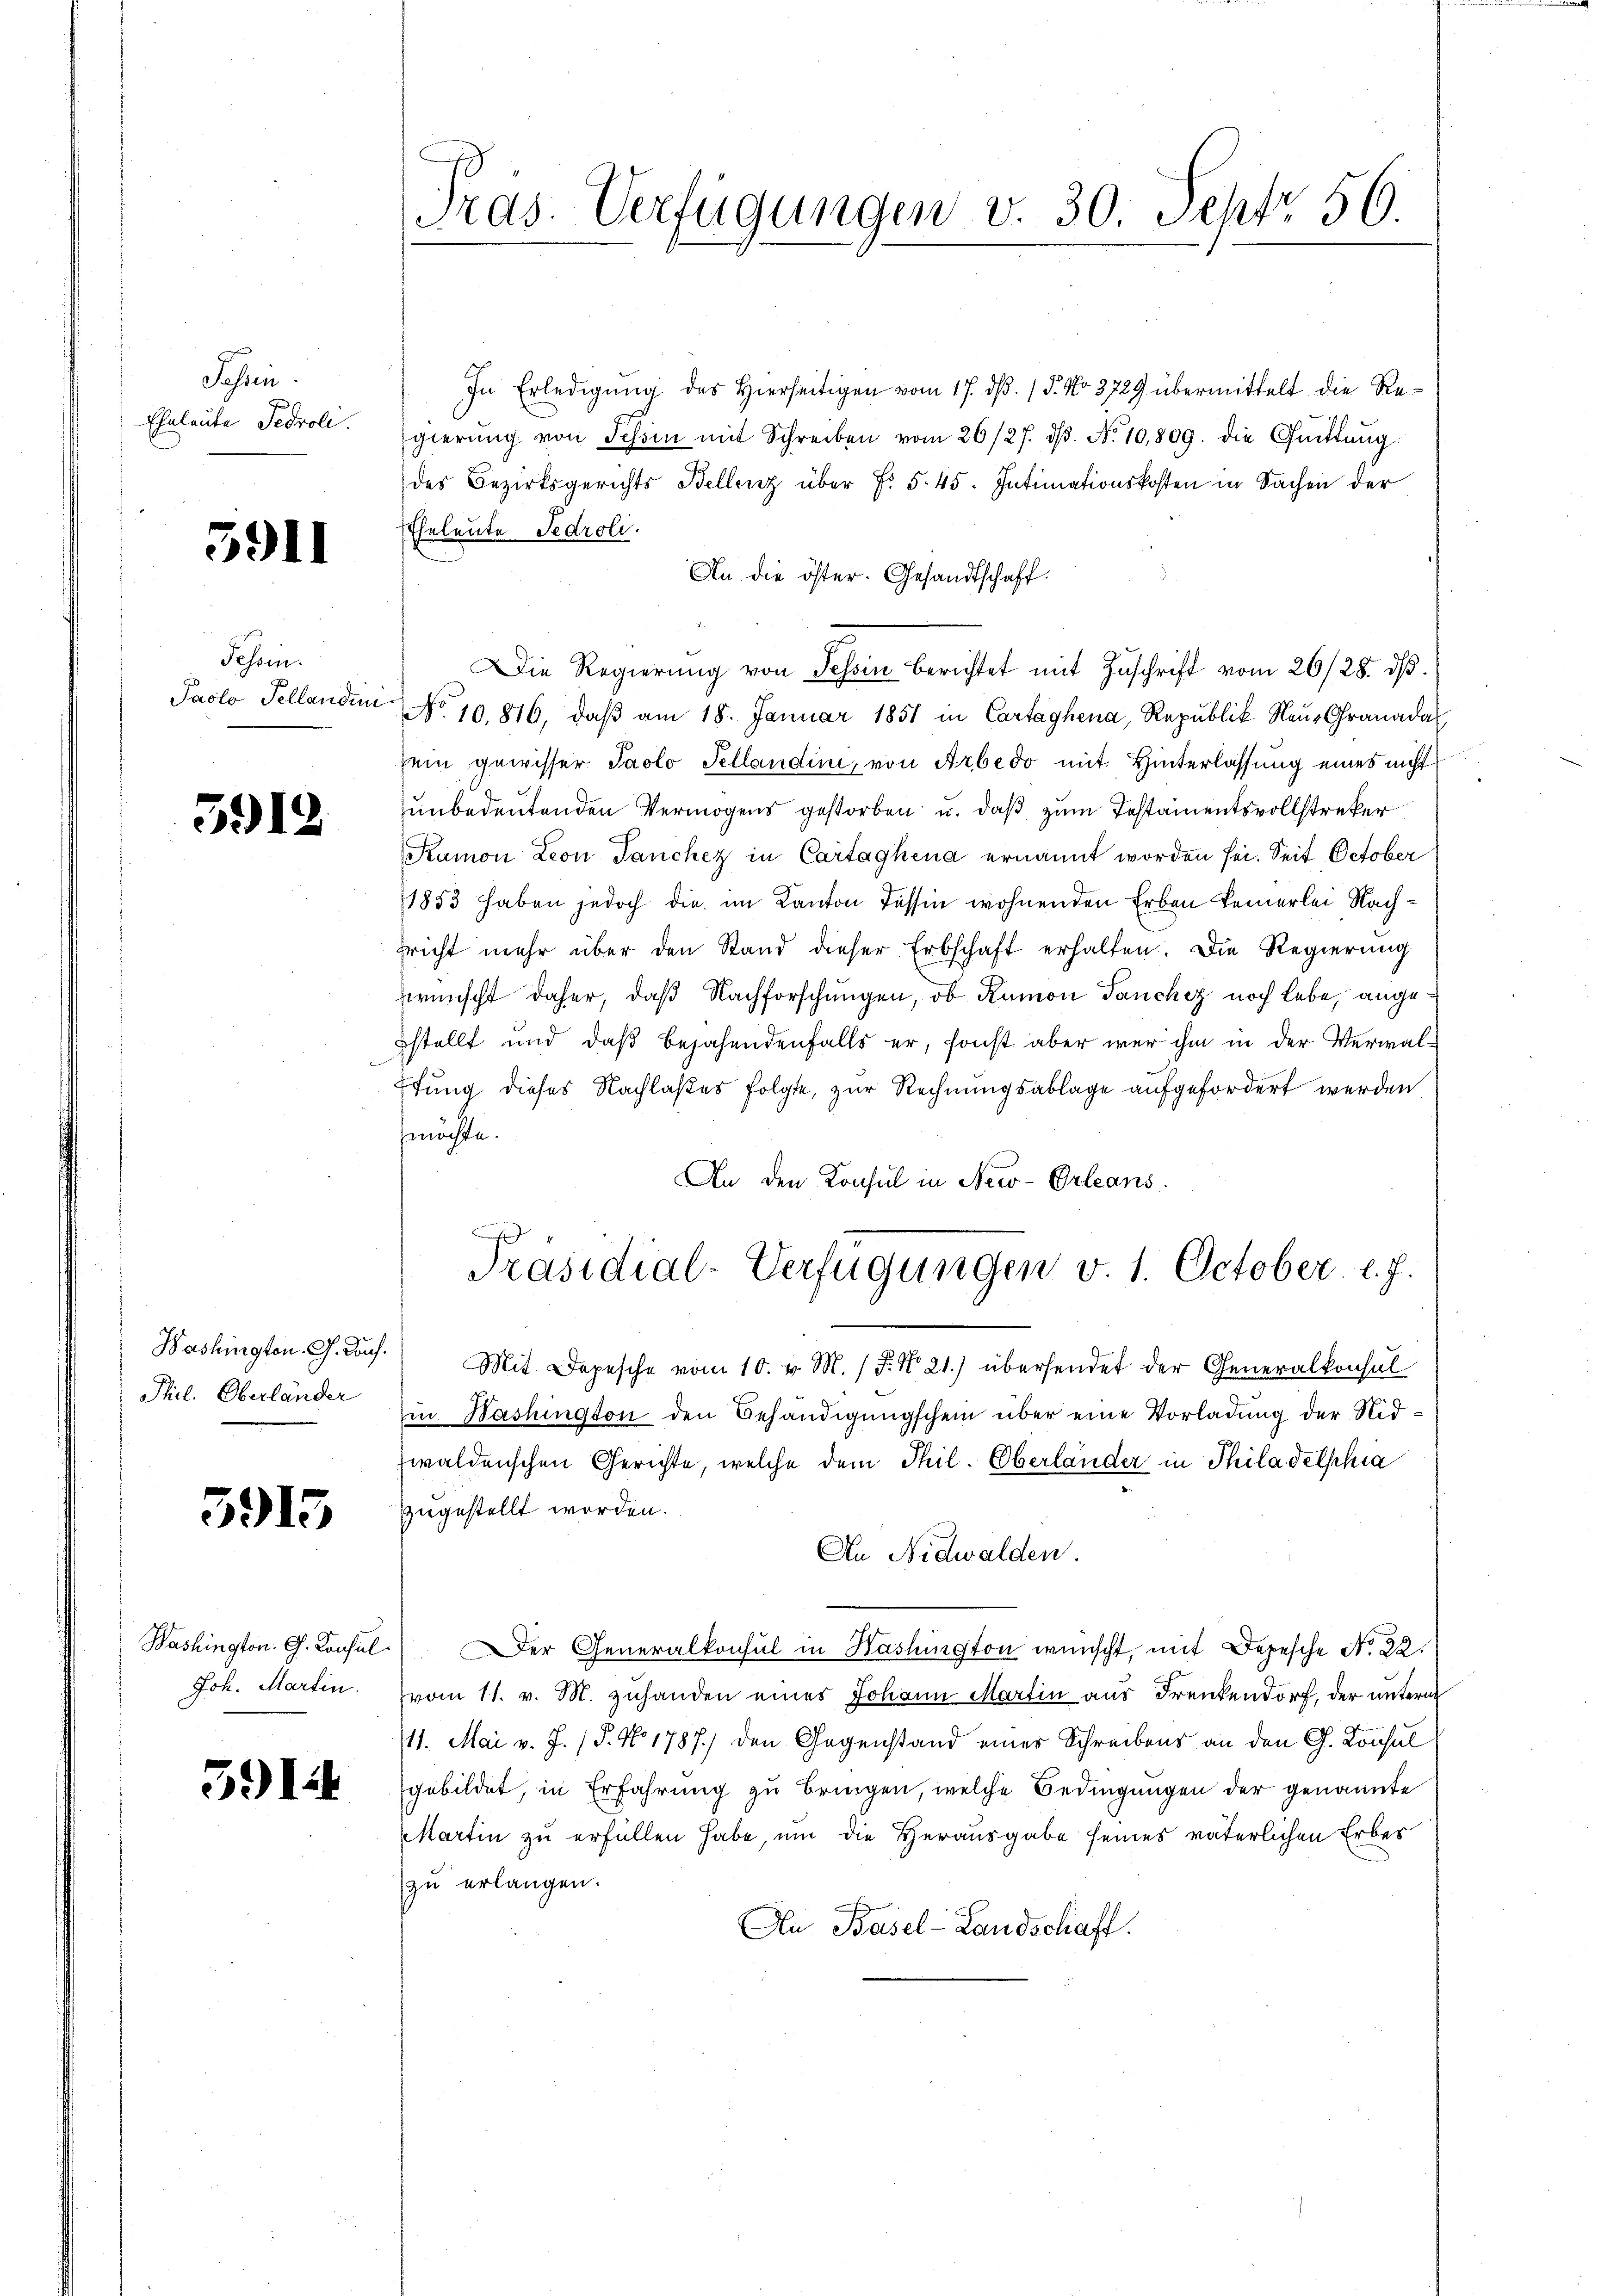
Jassen.
Eheleute Fedrole.

3911

Tessin.
Paolo Tellanden

5912

Bashingten. G. Dorf.
Phil. Oberlander

3915

Washington. G. Consul
Joh. Martin

591

Tras. Verfügungen v. 30. Sept. 56

In Erledigung des Hierseitigen vom 17. dß. / 5. No 3729 übermittelt die Regierŭng von Schön mit Schreiben vom 26/27. dβ. N. 10,809. die Quittung
des Bezirksgerichts Bellenz über f. 545. Intimationskosten in Sachen der
Eheleute Fedroli.
An die öster. Gesandtschaft.
Die Regierŭng von Tessin berichtet mit Zŭschrift vom 26/28. dβ.
No 10. 816, daβ am 18. Januar 1851 in Cartaghena, Republik Neue Granadal
sein gewisser Paolo Sellandini, von Arbedo mit Hinterlassung eines nicht
unbedeutenden Vermögens gestorben u. daß zum Testamentsvollstreker
Ramon Leon Tanchez in Cartaghena ernannt worden sei. Seit October
1853 haben jedoch die im Kanton Tessin wohnenden Erben keinerlei Nachrricht mehr über den Stand dieser Erbschaft erhalten. Die Regierung
wünscht daher, daß Nachforschungen, ob Ramon Panchez noch lebe, angestellt und daß bejahendenfalls er, sonst aber war ihm in der Verwalfung dieses Nachlaßes folgte, zur Rechnungsablage aufgefordert werden
möchte.
An den Konsul in New-Orleans
A
Präsidial-Verfügungen v. 1. October l. J.
Mit Depesche vom 10. v. M. / 5. No 21.) übersendet der Generalkonsul
m Bashington den Behändigungschein über eine Vorladung der Nidzwaldenschen Gerichte, welche dem Thil. Oberländer in Philadelphia
zzugestellt worden.
An Nidwalden.
Der Generalkonsul in Washington wünscht, mit Depesche No. 22.
vom 11. v. M. zuhanden eines Johann Martin aus Frenkendorf, der untern
11. Mai v. J. (T. No. 1787.) den Gegenstand eines Schreibens an den G. Consul
gebildet, in Erfahrung zu bringen, welche Bedingungen der genannte
Martin zu erfüllen habe, um die Herausgabe seines väterlichen Erber
zu erlangen.
An Basel-Landschaft.